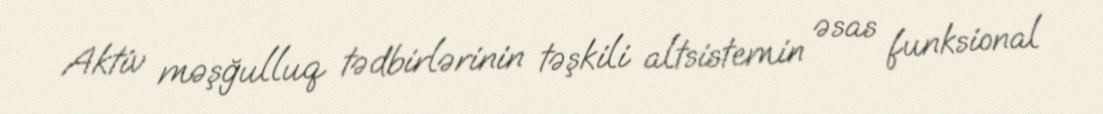
Aktiv məşğulluq tədbirlərinin təşkili altsistemin əsas funksional